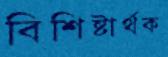
বিশিষ্টার্থক